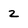
Character: z